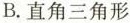
B.直角三角形